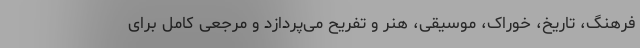
فرهنگ، تاریخ، خوراک، موسیقی، هنر و تفریح می‌پردازد و مرجعی کامل برای